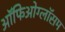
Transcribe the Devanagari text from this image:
ऑफिओग्लॉसम